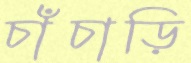
চাঁচাড়ি